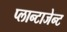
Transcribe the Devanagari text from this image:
प्लान्टाजेन्ट